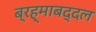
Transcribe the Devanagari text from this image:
ब्रह्माबद्दल